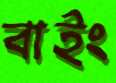
বাইং